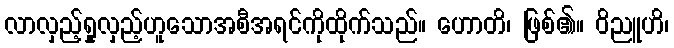
လာလှည့်ရှုလှည့်ဟူသောအစီအရင်ကိုထိုက်သည်။ ဟောတိ၊ ဖြစ်၏။ ဝိညူဟိ၊